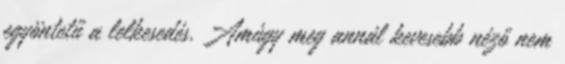
egyöntetű a lelkesedés. Amúgy meg annál kevesebb néző nem